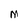
Character: M